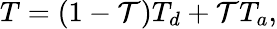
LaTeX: T=(1-\mathcal{T})T_{d}+\mathcal{T}T_{a},